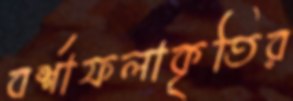
বর্শাফলাকৃতির